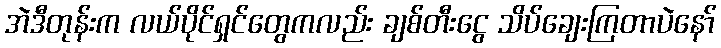
အဲဒီတုန်းက လယ်ပိုင်ရှင်တွေကလည်း ချစ်တီးငွေ သိပ်ချေးကြတာပဲနော်